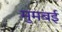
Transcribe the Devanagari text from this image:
मुमबई